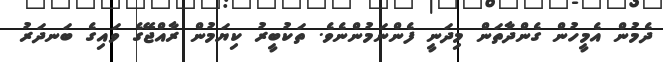
ދެމުން އެމީހުން ގެންދާތަން މިދަނީ ފެންނަމުންނެވެ. ތަކުބީރު ކިޔަމުން ރާއްޖޭގެ ވައިގެ ބަނދަރު